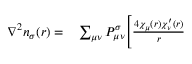
\begin{array} { r l } { \nabla ^ { 2 } n _ { \sigma } ( r ) = } & { { } \sum _ { \mu \nu } P _ { \mu \nu } ^ { \sigma } \Bigg [ \frac { 4 \chi _ { \mu } ( r ) \chi _ { \nu } ^ { \prime } ( r ) } { r } } \end{array}